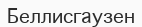
Беллисгаузен